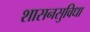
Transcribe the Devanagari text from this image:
शासनसुविधा